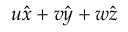
u \hat { x } + v \hat { y } + w \hat { z }